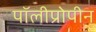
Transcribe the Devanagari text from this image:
पॉलीप्रोपीन